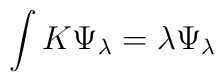
\int K\Psi_\lambda = \lambda\Psi_\lambda